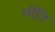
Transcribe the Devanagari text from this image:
भींति